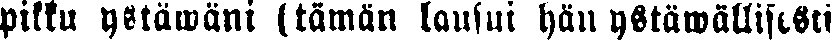
pikku ystäwäni (tämän lausui hän ystäwällisesti